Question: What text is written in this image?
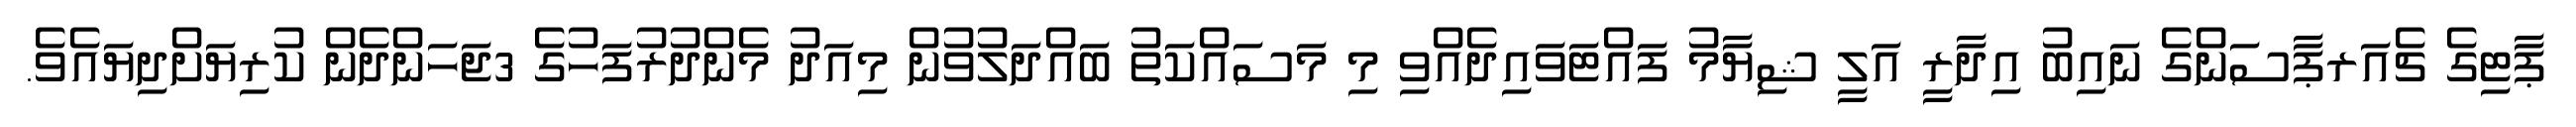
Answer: ޕާޓިގެ ޗެއަރޕާސަންގެ ނައިބު އިދާރީ އަލީ ޝިޔާމު ފައްޓަވައިދެއްވި މި މަސައްކަތު ބައްދަލުވުން މިއަދު މެންދުރުފަހުގެ 3ޖަހަންދެން ކުރިޔަށްދިޔައެވެ.